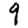
Digit: 9